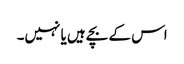
اس کے بچے ہیں یا نہیں۔